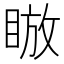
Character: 𪾰